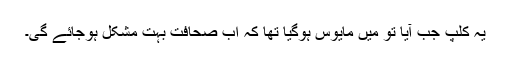
یہ کلپ جب آیا تو میں مایوس ہوگیا تھا کہ اب صحافت بہت مشکل ہوجائے گی۔